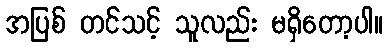
အပြစ် တင်သင့် သူလည်း မရှိတော့ပါ။